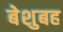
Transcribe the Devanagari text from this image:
बेशुबह